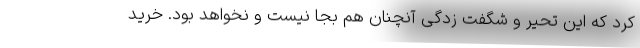
کرد که این تحیر و شگفت زدگی آنچنان هم بجا نیست و نخواهد بود. خرید